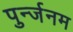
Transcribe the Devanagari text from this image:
पुर्न्जनम